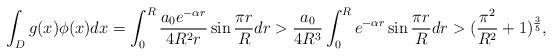
LaTeX: \begin{align*}\int_{D}g(x)\phi(x)dx=\int_{0}^{R}\frac{a_{0}e^{-\alpha r}}{4R^{2}r}\sin \frac{\pi r}{R}dr >\frac{a_{0}}{4R^{3}}\int_{0}^{R}e^{-\alpha r}\sin\frac{\pi r}{R}dr>(\frac{\pi^{2}}{R^{2}}+1)^{\frac{3}{5}},\end{align*}